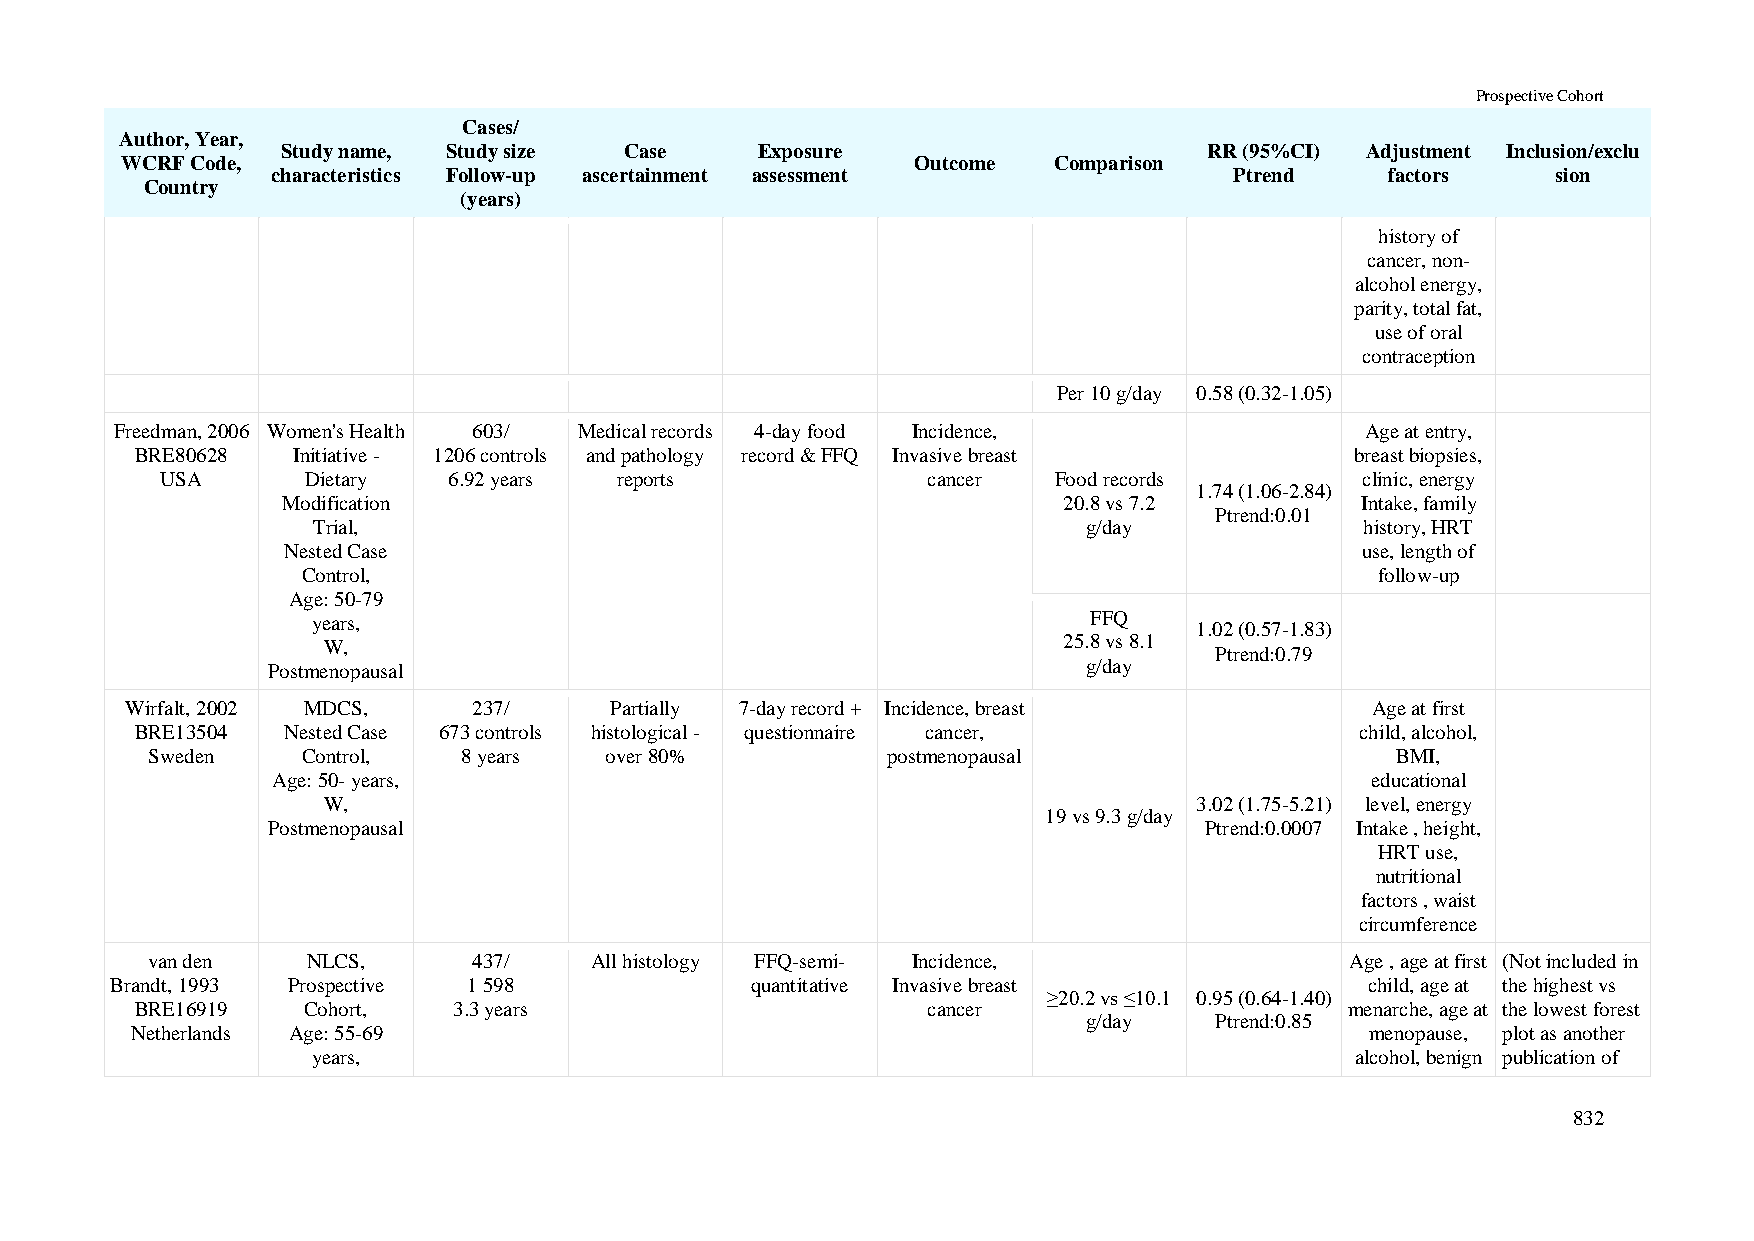
Prospective Cohort
 Cases/
 Author, Year,
 Study name, Study size Case    Exposure                      RR (95%CI) Adjustment Inclusion/exclu
 WCRF Code,                                           Outcome  Comparison
 characteristics Follow-up ascertainment assessment              Ptrend    factors    sion
 Country
 (years)
 history of
 cancer, non-
 alcohol energy,
 parity, total fat,
 use of oral
 contraception
 Per 10 g/day 0.58 (0.32-1.05)
 Freedman, 2006 Women's Health 603/ Medical records 4-day food Incidence,          Age at entry,
 BRE80628  Initiative - 1206 controls and pathology record & FFQ Invasive breast  breast biopsies,
 USA      Dietary   6.92 years reports             cancer   Food records        clinic, energy
 1.74 (1.06-2.84)
 Modification                                       20.8 vs 7.2         Intake, family
 Ptrend:0.01
 Trial,                                             g/day             history, HRT
 Nested Case                                                            use, length of
 Control,                                                               follow-up
 Age: 50-79
 years,                                             FFQ
 1.02 (0.57-1.83)
 W,                                               25.8 vs 8.1
 Ptrend:0.79
 Postmenopausal                                        g/day
 Wirfalt, 2002 MDCS,    237/     Partially 7-day record + Incidence, breast         Age at first
 BRE13504  Nested Case 673 controls histological - questionnaire cancer,          child, alcohol,
 Sweden    Control,   8 years  over 80%           postmenopausal                   BMI,
 Age: 50- years,                                                          educational
 W,                                                        3.02 (1.75-5.21) level, energy
 19 vs 9.3 g/day
 Postmenopausal                                                Ptrend:0.0007 Intake , height,
 HRT use,
 nutritional
 factors , waist
 circumference
 van den   NLCS,      437/    All histology FFQ-semi- Incidence,                Age , age at first (Not included in
 Brandt, 1993 Prospective 1 598             quantitative Invasive breast             child, age at the highest vs
 ≥20.2 vs ≤10.1 0.95 (0.64-1.40)
 BRE16919   Cohort,   3.3 years                      cancer                      menarche, age at the lowest forest
 g/day   Ptrend:0.85
 Netherlands Age: 55-69                                                            menopause, plot as another
 years,                                                               alcohol, benign publication of
 832